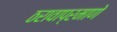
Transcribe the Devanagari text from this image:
ठरावाप्रमाणे